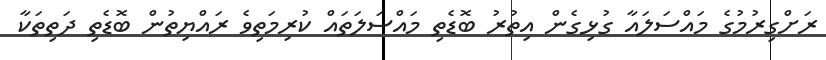
ރަށްގިރުމުގެ މައްސަލައާ ގުޅިގެން އިތުރު ބޮޑެތި މައްސަލަތައް ކުރިމަތިވެ ރައްޔިތުން ބޮޑެތި ދަތިތަކާ